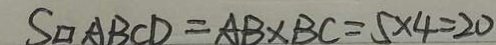
S _ { \square } A B C D = A B \times B C = 5 \times 4 = 2 0